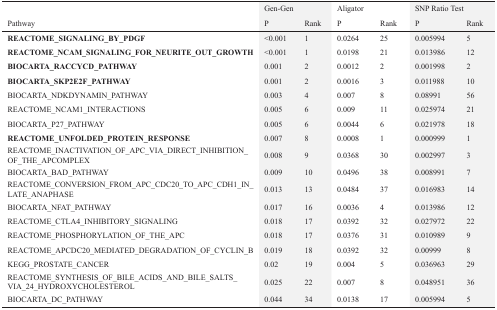
<table><thead><tr><td></td><td colspan="2"><b>Gen-Gen</b></td><td colspan="2"><b>Aligator</b></td><td colspan="2"><b>SNP Ratio Test</b></td></tr><tr><td><b>Pathway</b></td><td><b>P</b></td><td><b>Rank</b></td><td><b>P</b></td><td><b>Rank</b></td><td><b>P</b></td><td><b>Rank</b></td></tr></thead><tbody><tr><td><b>REACTOME_SIGNALING_BY_PDGF</b></td><td>&lt;0.001</td><td>1</td><td>0.0264</td><td>25</td><td>0.005994</td><td>5</td></tr><tr><td><b>REACTOME_NCAM_SIGNALING_FOR_NEURITE_OUT_GROWTH</b></td><td>&lt;0.001</td><td>1</td><td>0.0198</td><td>21</td><td>0.013986</td><td>12</td></tr><tr><td><b>BIOCARTA_RACCYCD_PATHWAY</b></td><td>0.001</td><td>2</td><td>0.0012</td><td>2</td><td>0.001998</td><td>2</td></tr><tr><td><b>BIOCARTA_SKP2E2F_PATHWAY</b></td><td>0.001</td><td>2</td><td>0.0016</td><td>3</td><td>0.011988</td><td>10</td></tr><tr><td>BIOCARTA_NDKDYNAMIN_PATHWAY</td><td>0.003</td><td>4</td><td>0.007</td><td>8</td><td>0.08991</td><td>56</td></tr><tr><td>REACTOME_NCAM1_INTERACTIONS</td><td>0.005</td><td>6</td><td>0.009</td><td>11</td><td>0.025974</td><td>21</td></tr><tr><td>BIOCARTA_P27_PATHWAY</td><td>0.005</td><td>6</td><td>0.0044</td><td>6</td><td>0.021978</td><td>18</td></tr><tr><td><b>REACTOME_UNFOLDED_PROTEIN_RESPONSE</b></td><td>0.007</td><td>8</td><td>0.0008</td><td>1</td><td>0.000999</td><td>1</td></tr><tr><td>REACTOME_INACTIVATION_OF_APC_VIA_DIRECT_INHIBITION_OF_THE_APCOMPLEX</td><td>0.008</td><td>9</td><td>0.0368</td><td>30</td><td>0.002997</td><td>3</td></tr><tr><td>BIOCARTA_BAD_PATHWAY</td><td>0.009</td><td>10</td><td>0.0496</td><td>38</td><td>0.008991</td><td>7</td></tr><tr><td>REACTOME_CONVERSION_FROM_APC_CDC20_TO_APC_CDH1_IN_LATE_ANAPHASE</td><td>0.013</td><td>13</td><td>0.0484</td><td>37</td><td>0.016983</td><td>14</td></tr><tr><td>BIOCARTA_NFAT_PATHWAY</td><td>0.017</td><td>16</td><td>0.0036</td><td>4</td><td>0.013986</td><td>12</td></tr><tr><td>REACTOME_CTLA4_INHIBITORY_SIGNALING</td><td>0.018</td><td>17</td><td>0.0392</td><td>32</td><td>0.027972</td><td>22</td></tr><tr><td>REACTOME_PHOSPHORYLATION_OF_THE_APC</td><td>0.018</td><td>17</td><td>0.0376</td><td>31</td><td>0.010989</td><td>9</td></tr><tr><td>REACTOME_APCDC20_MEDIATED_DEGRADATION_OF_CYCLIN_B</td><td>0.019</td><td>18</td><td>0.0392</td><td>32</td><td>0.00999</td><td>8</td></tr><tr><td>KEGG_PROSTATE_CANCER</td><td>0.02</td><td>19</td><td>0.004</td><td>5</td><td>0.036963</td><td>29</td></tr><tr><td>REACTOME_SYNTHESIS_OF_BILE_ACIDS_AND_BILE_SALTS_VIA_24_HYDROXYCHOLESTEROL</td><td>0.025</td><td>22</td><td>0.007</td><td>8</td><td>0.048951</td><td>36</td></tr><tr><td>BIOCARTA_DC_PATHWAY</td><td>0.044</td><td>34</td><td>0.0138</td><td>17</td><td>0.005994</td><td>5</td></tr></tbody></table>